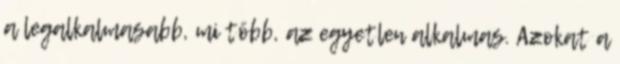
a legalkalmasabb, mi több, az egyetlen alkalmas. Azokat a